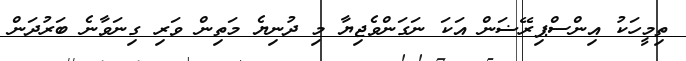
ތިމީހަކު އިންސްޕިރޭޟަން އަކަ ނަގަންވެޖިޔާ މި ދުނިޔެ މަތިން ވަރި ގިނަވާނެ ބަރުދަން